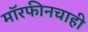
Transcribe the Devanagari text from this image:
मॉरफीनचाही